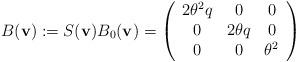
LaTeX: \begin{align*}B({\bf{v}}):=S({\bf{v}})B_0({\bf{v}})=\left(\begin{array}{ccc}2\theta^2q & 0 & 0\\0 & 2\theta q & 0\\0 & 0 & \theta^2\end{array}\right)\end{align*}